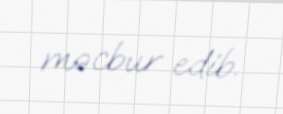
məcbur edib.